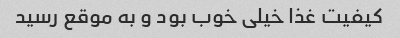
کیفیت غذا خیلی خوب بود و به موقع رسید